Indian Medical Review
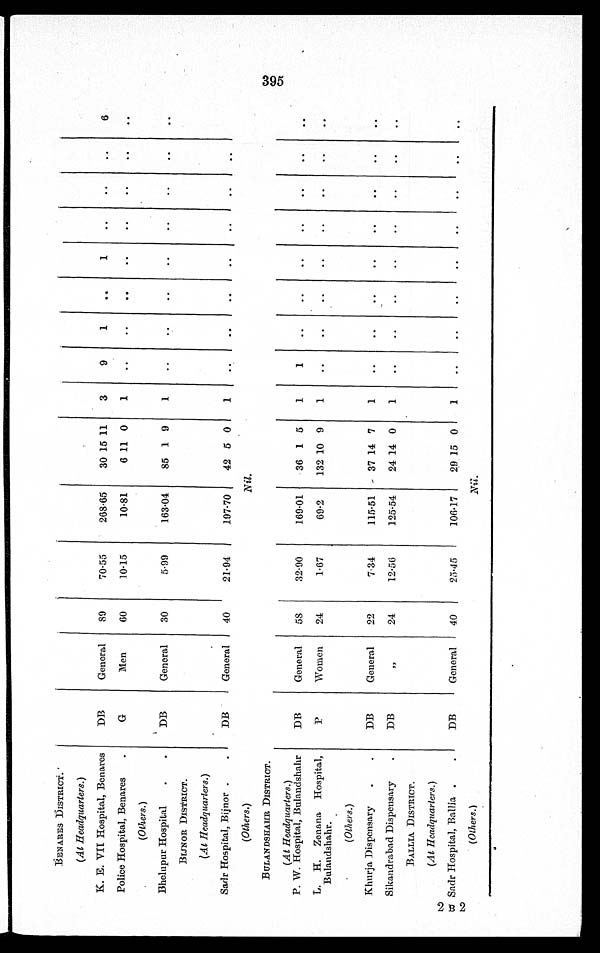
BENARES DISTRICT.
(At Headquarters. )
K. E. VII Hospital, Benares
DB
General 89
70.55
268.65 30 15 11 3
9
1
1
6
Police Hospital, Benares
G
Men
6 0
10.15
10.81
6 1 1 0
1
(Others.)
Bhelupur Hospital
DB
General 30
5.99
163.04 85 1 9 1
BIJNOR DISTRICT.
(At Headquarters. )
Sadr Hospital, Bijnor
DB
General 40
21.94
197.70 42 5 0 1
(Others.)
Nil.
BULANDSHAHR DISTRICT.
(At Headquarters. )
P. W. Hospital, Bulandshahr DB
General 58
32.90
169.01 36 1 5 1
1
L. H. Zenana Hospital,
Bulandshahr.
P
Women 24
1.67
69.2 132 10 9 1
(Others. )
Khurja Dispensary
DB
General 22
7.34
115.51 37 14 7 1
Sikandrabad Dispensary
DB
„
24
12.56
125.54 24 14 0 1
BALLIA DISTRICT.
(At Headquarters.)
2
B Sadr Hospital, Ballia
DB
General 40
25.45
106.17 29 15 0 1
2
(Others.)
Nil.